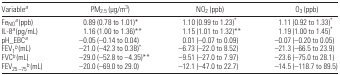
<table><thead><tr><td><b>Variablea</b></td><td><b>PM<sub>2.5</sub> (μg/m<sup>3</sup>)</b></td><td><b>NO<sub>2</sub> (ppb)</b></td><td><b>O<sub>3</sub> (ppb)</b></td></tr></thead><tbody><tr><td>Fe<sub>NO</sub>a (ppb)</td><td>0.89 (0.78 to 1.01)*</td><td>1.10 (0.99 to 1.23)*</td><td>1.11 (0.92 to 1.33)*</td></tr><tr><td>IL-8a (pg/mL)</td><td>1.16 (1.00 to 1.36)**</td><td>1.15 (1.01 to 1.32)**</td><td>1.19 (1.00 to 1.45)*</td></tr><tr><td>pH_EBCa</td><td>−0.05 (−0.14 to 0.04)</td><td>0.01 (−0.07 to 0.09)</td><td>−0.07 (−0.20 to 0.05)</td></tr><tr><td>FEV<sub>1</sub>b (mL)</td><td>−21.0 (−42.3 to 0.38)*</td><td>−6.73 (−22.0 to 8.52)</td><td>−21.3 (−66.5 to 23.9)</td></tr><tr><td>FVCb (mL)</td><td>−29.0 (−52.8 to −4.35)**</td><td>−9.51 (−27.0 to 7.97)</td><td>−23.6 (−75.0 to 28.1)</td></tr><tr><td>FEV<sub>25 –75</sub>b (mL)</td><td>−20.0 (−69.0 to 29.0)</td><td>−12.1 (−47.0 to 22.7)</td><td>−14.5 (−118.7 to 89.5)</td></tr></tbody></table>